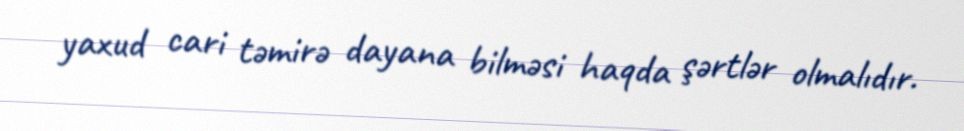
yaxud cari təmirə dayana bilməsi haqda şərtlər olmalıdır.